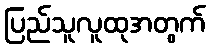
ပြည်သူလူထုအတွက်